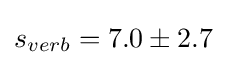
s_{verb}=7.0\pm 2.7